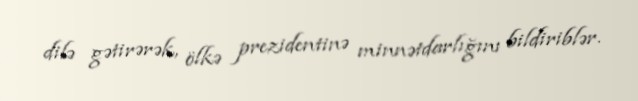
dilə gətirərək, ölkə prezidentinə minnətdarlığını bildiriblər.